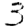
Digit: 3